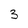
Character: 3